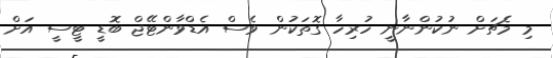
މި މެޗަށް ނުކުންނާނީ ހުރިހާ ގޮތަކުން ވެސް އެޑްވާންޓޭޖް ބޮޑީ ޓީސީ އަށް